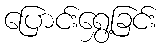
ပြောင်းရွှေ့ခြင်း